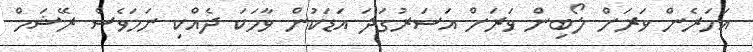
އަހަރެން ވަރަށް ލޯބިން ވަރަށް އަސަރުގަދަ އަޑަކުން ވާހަކަ ދެއްކި ނަމަވެސް ރޭޝަމް